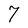
Character: 7